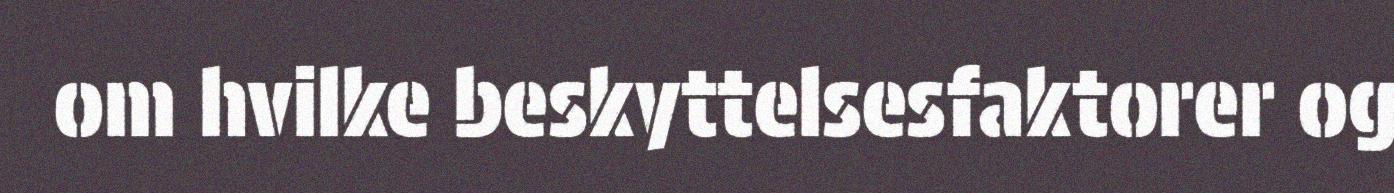
om hvilke beskyttelsesfaktorer og